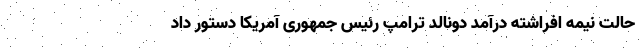
حالت نیمه افراشته درآمد دونالد ترامپ رئیس جمهوری آمریکا دستور داد